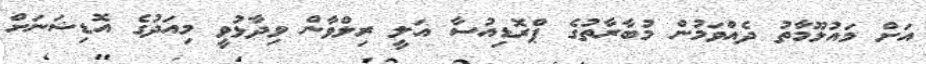
އަށް މައުލޫމާތު ދެއްވަމުން މުބާރާތުގެ ޕްރޮޑިއުސާ އަލީ ރިލްވާން ވިދާޅުވީ މިއަދުގެ އޮޑިޝަނަށް